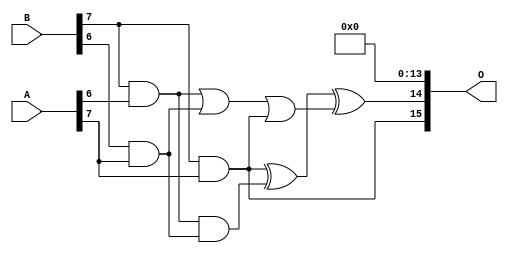
// This program was cloned from: https://github.com/ehw-fit/evoapproxlib
// License: MIT License

/***
* This code is a part of EvoApproxLib library (ehw.fit.vutbr.cz/approxlib) distributed under The MIT License.
* When used, please cite the following article(s): V. Mrazek, Z. Vasicek, L. Sekanina, H. Jiang and J. Han, "Scalable Construction of Approximate Multipliers With Formally Guaranteed Worst Case Error" in IEEE Transactions on Very Large Scale Integration (VLSI) Systems, vol. 26, no. 11, pp. 2572-2576, Nov. 2018. doi: 10.1109/TVLSI.2018.2856362 
* This file contains a circuit from a sub-set of pareto optimal circuits with respect to the pwr and mre parameters
***/
// MAE% = 0.048 %
// MAE = 2040348 
// WCE% = 0.20 %
// WCE = 8404992 
// WCRE% = 100.00 %
// EP% = 100.00 %
// MRE% = 1.34 %
// MSE = 61508.569e8 
// PDK45_PWR = 0.512 mW
// PDK45_AREA = 872.9 um2
// PDK45_DELAY = 1.64 ns

module mult8_cgp14ep_ep65536_wc16384_2_csamcsa (
    A,
    B,
    O
);

input [7:0] A;
input [7:0] B;
output [15:0] O;

wire sig_225,sig_267,sig_268,sig_299,sig_300,sig_302,sig_328,sig_331;

assign sig_225 = B[7] & A[6];
assign sig_267 = B[6] & A[7];
assign sig_268 = B[7] & A[7];
assign sig_299 = sig_225 | sig_267;
assign sig_300 = sig_225 & sig_267;
assign sig_302 = sig_299 | sig_268;
assign sig_328 = sig_268 ^ sig_300;
assign sig_331 = sig_328 ^ sig_302;

assign O[15] = sig_268;
assign O[14] = sig_331;
assign O[13] = 1'b0;
assign O[12] = 1'b0;
assign O[11] = 1'b0;
assign O[10] = 1'b0;
assign O[9] = 1'b0;
assign O[8] = 1'b0;
assign O[7] = 1'b0;
assign O[6] = 1'b0;
assign O[5] = 1'b0;
assign O[4] = 1'b0;
assign O[3] = 1'b0;
assign O[2] = 1'b0;
assign O[1] = 1'b0;
assign O[0] = 1'b0;

endmodule


module trun8_tam00b ( A, B, O );
  input [7:0] A;
  input [7:0] B;
  output [15:0] O;

  wire C_1_0,C_1_1,C_1_2,C_1_3,C_1_4,C_1_5,C_1_6,C_2_0,C_2_1,C_2_2,C_2_3,C_2_4,C_2_5,C_2_6,C_3_0,C_3_1,C_3_2,C_3_3,C_3_4,C_3_5,C_3_6,C_4_0,C_4_1,C_4_2,C_4_3,C_4_4,C_4_5,C_4_6,C_5_0,C_5_1,C_5_2,C_5_3,C_5_4,C_5_5,C_5_6,C_6_0,C_6_1,C_6_2,C_6_3,C_6_4,C_6_5,C_6_6,C_7_0,C_7_1,C_7_2,C_7_3,C_7_4,C_7_5,C_7_6,S_0_0,S_0_1,S_0_2,S_0_3,S_0_4,S_0_5,S_0_6,S_0_7,S_1_0,S_1_1,S_1_2,S_1_3,S_1_4,S_1_5,S_1_6,S_1_7,S_2_0,S_2_1,S_2_2,S_2_3,S_2_4,S_2_5,S_2_6,S_2_7,S_3_0,S_3_1,S_3_2,S_3_3,S_3_4,S_3_5,S_3_6,S_3_7,S_4_0,S_4_1,S_4_2,S_4_3,S_4_4,S_4_5,S_4_6,S_4_7,S_5_0,S_5_1,S_5_2,S_5_3,S_5_4,S_5_5,S_5_6,S_5_7,S_6_0,S_6_1,S_6_2,S_6_3,S_6_4,S_6_5,S_6_6,S_6_7,S_7_0,S_7_1,S_7_2,S_7_3,S_7_4,S_7_5,S_7_6,S_7_7,S_8_0,S_8_1,S_8_2,S_8_3,S_8_4,S_8_5,S_8_6,S_8_7;

  assign S_0_0 = (A[0] & B[0]);
  assign S_0_1 = (A[0] & B[1]);
  assign S_0_2 = (A[0] & B[2]);
  assign S_0_3 = (A[0] & B[3]);
  assign S_0_4 = (A[0] & B[4]);
  assign S_0_5 = (A[0] & B[5]);
  assign S_0_6 = (A[0] & B[6]);
  assign S_0_7 = (A[0] & B[7]);
  PDKGENHAX1 U13609 (.A(S_0_1), .B((A[1] & B[0])), .YS(S_1_0), .YC(C_1_0));
  PDKGENHAX1 U13610 (.A(S_0_2), .B((A[1] & B[1])), .YS(S_1_1), .YC(C_1_1));
  PDKGENHAX1 U13611 (.A(S_0_3), .B((A[1] & B[2])), .YS(S_1_2), .YC(C_1_2));
  PDKGENHAX1 U13612 (.A(S_0_4), .B((A[1] & B[3])), .YS(S_1_3), .YC(C_1_3));
  PDKGENHAX1 U13613 (.A(S_0_5), .B((A[1] & B[4])), .YS(S_1_4), .YC(C_1_4));
  PDKGENHAX1 U13614 (.A(S_0_6), .B((A[1] & B[5])), .YS(S_1_5), .YC(C_1_5));
  PDKGENHAX1 U13615 (.A(S_0_7), .B((A[1] & B[6])), .YS(S_1_6), .YC(C_1_6));
  assign S_1_7 = (A[1] & B[7]);
  PDKGENFAX1 U13617 (.A(S_1_1), .B(C_1_0), .C((A[2] & B[0])), .YS(S_2_0), .YC(C_2_0));
  PDKGENFAX1 U13618 (.A(S_1_2), .B(C_1_1), .C((A[2] & B[1])), .YS(S_2_1), .YC(C_2_1));
  PDKGENFAX1 U13619 (.A(S_1_3), .B(C_1_2), .C((A[2] & B[2])), .YS(S_2_2), .YC(C_2_2));
  PDKGENFAX1 U13620 (.A(S_1_4), .B(C_1_3), .C((A[2] & B[3])), .YS(S_2_3), .YC(C_2_3));
  PDKGENFAX1 U13621 (.A(S_1_5), .B(C_1_4), .C((A[2] & B[4])), .YS(S_2_4), .YC(C_2_4));
  PDKGENFAX1 U13622 (.A(S_1_6), .B(C_1_5), .C((A[2] & B[5])), .YS(S_2_5), .YC(C_2_5));
  PDKGENFAX1 U13623 (.A(S_1_7), .B(C_1_6), .C((A[2] & B[6])), .YS(S_2_6), .YC(C_2_6));
  assign S_2_7 = (A[2] & B[7]);
  PDKGENFAX1 U13625 (.A(S_2_1), .B(C_2_0), .C((A[3] & B[0])), .YS(S_3_0), .YC(C_3_0));
  PDKGENFAX1 U13626 (.A(S_2_2), .B(C_2_1), .C((A[3] & B[1])), .YS(S_3_1), .YC(C_3_1));
  PDKGENFAX1 U13627 (.A(S_2_3), .B(C_2_2), .C((A[3] & B[2])), .YS(S_3_2), .YC(C_3_2));
  PDKGENFAX1 U13628 (.A(S_2_4), .B(C_2_3), .C((A[3] & B[3])), .YS(S_3_3), .YC(C_3_3));
  PDKGENFAX1 U13629 (.A(S_2_5), .B(C_2_4), .C((A[3] & B[4])), .YS(S_3_4), .YC(C_3_4));
  PDKGENFAX1 U13630 (.A(S_2_6), .B(C_2_5), .C((A[3] & B[5])), .YS(S_3_5), .YC(C_3_5));
  PDKGENFAX1 U13631 (.A(S_2_7), .B(C_2_6), .C((A[3] & B[6])), .YS(S_3_6), .YC(C_3_6));
  assign S_3_7 = (A[3] & B[7]);
  PDKGENFAX1 U13633 (.A(S_3_1), .B(C_3_0), .C((A[4] & B[0])), .YS(S_4_0), .YC(C_4_0));
  PDKGENFAX1 U13634 (.A(S_3_2), .B(C_3_1), .C((A[4] & B[1])), .YS(S_4_1), .YC(C_4_1));
  PDKGENFAX1 U13635 (.A(S_3_3), .B(C_3_2), .C((A[4] & B[2])), .YS(S_4_2), .YC(C_4_2));
  PDKGENFAX1 U13636 (.A(S_3_4), .B(C_3_3), .C((A[4] & B[3])), .YS(S_4_3), .YC(C_4_3));
  PDKGENFAX1 U13637 (.A(S_3_5), .B(C_3_4), .C((A[4] & B[4])), .YS(S_4_4), .YC(C_4_4));
  PDKGENFAX1 U13638 (.A(S_3_6), .B(C_3_5), .C((A[4] & B[5])), .YS(S_4_5), .YC(C_4_5));
  PDKGENFAX1 U13639 (.A(S_3_7), .B(C_3_6), .C((A[4] & B[6])), .YS(S_4_6), .YC(C_4_6));
  assign S_4_7 = (A[4] & B[7]);
  PDKGENFAX1 U13641 (.A(S_4_1), .B(C_4_0), .C((A[5] & B[0])), .YS(S_5_0), .YC(C_5_0));
  PDKGENFAX1 U13642 (.A(S_4_2), .B(C_4_1), .C((A[5] & B[1])), .YS(S_5_1), .YC(C_5_1));
  PDKGENFAX1 U13643 (.A(S_4_3), .B(C_4_2), .C((A[5] & B[2])), .YS(S_5_2), .YC(C_5_2));
  PDKGENFAX1 U13644 (.A(S_4_4), .B(C_4_3), .C((A[5] & B[3])), .YS(S_5_3), .YC(C_5_3));
  PDKGENFAX1 U13645 (.A(S_4_5), .B(C_4_4), .C((A[5] & B[4])), .YS(S_5_4), .YC(C_5_4));
  PDKGENFAX1 U13646 (.A(S_4_6), .B(C_4_5), .C((A[5] & B[5])), .YS(S_5_5), .YC(C_5_5));
  PDKGENFAX1 U13647 (.A(S_4_7), .B(C_4_6), .C((A[5] & B[6])), .YS(S_5_6), .YC(C_5_6));
  assign S_5_7 = (A[5] & B[7]);
  PDKGENFAX1 U13649 (.A(S_5_1), .B(C_5_0), .C((A[6] & B[0])), .YS(S_6_0), .YC(C_6_0));
  PDKGENFAX1 U13650 (.A(S_5_2), .B(C_5_1), .C((A[6] & B[1])), .YS(S_6_1), .YC(C_6_1));
  PDKGENFAX1 U13651 (.A(S_5_3), .B(C_5_2), .C((A[6] & B[2])), .YS(S_6_2), .YC(C_6_2));
  PDKGENFAX1 U13652 (.A(S_5_4), .B(C_5_3), .C((A[6] & B[3])), .YS(S_6_3), .YC(C_6_3));
  PDKGENFAX1 U13653 (.A(S_5_5), .B(C_5_4), .C((A[6] & B[4])), .YS(S_6_4), .YC(C_6_4));
  PDKGENFAX1 U13654 (.A(S_5_6), .B(C_5_5), .C((A[6] & B[5])), .YS(S_6_5), .YC(C_6_5));
  PDKGENFAX1 U13655 (.A(S_5_7), .B(C_5_6), .C((A[6] & B[6])), .YS(S_6_6), .YC(C_6_6));
  assign S_6_7 = (A[6] & B[7]);
  PDKGENFAX1 U13657 (.A(S_6_1), .B(C_6_0), .C((A[7] & B[0])), .YS(S_7_0), .YC(C_7_0));
  PDKGENFAX1 U13658 (.A(S_6_2), .B(C_6_1), .C((A[7] & B[1])), .YS(S_7_1), .YC(C_7_1));
  PDKGENFAX1 U13659 (.A(S_6_3), .B(C_6_2), .C((A[7] & B[2])), .YS(S_7_2), .YC(C_7_2));
  PDKGENFAX1 U13660 (.A(S_6_4), .B(C_6_3), .C((A[7] & B[3])), .YS(S_7_3), .YC(C_7_3));
  PDKGENFAX1 U13661 (.A(S_6_5), .B(C_6_4), .C((A[7] & B[4])), .YS(S_7_4), .YC(C_7_4));
  PDKGENFAX1 U13662 (.A(S_6_6), .B(C_6_5), .C((A[7] & B[5])), .YS(S_7_5), .YC(C_7_5));
  PDKGENFAX1 U13663 (.A(S_6_7), .B(C_6_6), .C((A[7] & B[6])), .YS(S_7_6), .YC(C_7_6));
  assign S_7_7 = (A[7] & B[7]);
  assign {S_8_7, S_8_6, S_8_5, S_8_4, S_8_3, S_8_2, S_8_1, S_8_0} = {C_7_6, C_7_5, C_7_4, C_7_3, C_7_2, C_7_1, C_7_0} + {S_7_7, S_7_6, S_7_5, S_7_4, S_7_3, S_7_2, S_7_1};
  assign O = {S_8_7,S_8_6,S_8_5,S_8_4,S_8_3,S_8_2,S_8_1,S_8_0,S_7_0,S_6_0,S_5_0,S_4_0,S_3_0,S_2_0,S_1_0,S_0_0};

endmodule
module CLA32bit(a,b,c_in,sum,c_out);

input [31:0]a,b;
input c_in;
output [31:0]sum;
output c_out;

wire [31:0] sum_out,  p,  g;
wire [7:0] PPP, GGG;
wire [8:0] CC;

assign p[31:0] = a[31:0] ^ b[31:0];
assign g[31:0] = a[31:0] & b[31:0];

assign PPP[0]= p [3] & p [2] & p [1] & p [0];
assign PPP[1]= p [7] & p [6] & p [5] & p [4];
assign PPP[2]= p[11] & p[10] & p [9] & p [8];
assign PPP[3]= p[15] & p[14] & p[13] & p[12];
assign PPP[4]= p[19] & p[18] & p[17] & p[16];
assign PPP[5]= p[23] & p[22] & p[21] & p[20];
assign PPP[6]= p[27] & p[26] & p[25] & p[24];
assign PPP[7]= p[31] & p[30] & p[29] & p[28];

assign GGG[0]= g[3]  | (p [3] & g [2])  | (p [3] & p [2] & g [1])  | (p [3] & p [2] & p [1] & g [0]) ;
assign GGG[1]= g[7]  | (p [7] & g [6])  | (p [7] & p [6] & g [5])  | (p [7] & p [6] & p [5] & g [4]);
assign GGG[2]= g[11] | (p[11] & g[10])  | (p[11] & p[10] & g [9])  | (p[11] & p[10] & p [9] & g [8]);
assign GGG[3]= g[15] | (p[15] & g[14])  | (p[15] & p[14] & g[13])  | (p[15] & p[14] & p[13] & g[12]);
assign GGG[4]= g[19] | (p[19] & g[18])  | (p[19] & p[18] & g[17])  | (p[19] & p[18] & p[17] & g[16]);
assign GGG[5]= g[23] | (p[23] & g[22])  | (p[23] & p[22] & g[21])  | (p[23] & p[22] & p[21] & g[20]);
assign GGG[6]= g[27] | (p[27] & g[26])  | (p[27] & p[26] & g[25])  | (p[27] & p[26] & p[25] & g[24]);
assign GGG[7]= g[31] | (p[31] & g[30])  | (p[31] & p[30] & g[29])  | (p[31] & p[30] & p[29] & g[28]);
assign CC[0] = c_in;
assign CC[1] = GGG[0]  |  PPP[0]&  CC[0];
assign CC[2] = GGG[1]  |  PPP[1]&GGG[0]  |  PPP[1]&PPP[0]&  CC[0];
assign CC[3] = GGG[2]  |  PPP[2]&GGG[1]  |  PPP[2]&PPP[1]&GGG[0]  |  PPP[2]&PPP[1]&PPP[0]&  CC[0];
assign CC[4] = GGG[3]  |  PPP[3]&GGG[2]  |  PPP[3]&PPP[2]&GGG[1]  |  PPP[3]&PPP[2]&PPP[1]&GGG[0]  |  PPP[3]&PPP[2]&PPP[1]&PPP[0]&  CC[0];
assign CC[5] = GGG[4]  |  PPP[4]&GGG[3]  |  PPP[4]&PPP[3]&GGG[2]  |  PPP[4]&PPP[3]&PPP[2]&GGG[1]  |  PPP[4]&PPP[3]&PPP[2]&PPP[1]&GGG[0] |  PPP[4]&PPP[3]&PPP[2]&PPP[1]&PPP[0]&  CC[0];
assign CC[6] = GGG[5]  |  PPP[5]&GGG[4]  |  PPP[5]&PPP[4]&GGG[3]  |  PPP[5]&PPP[4]&PPP[3]&GGG[2]  |  PPP[5]&PPP[4]&PPP[3]&PPP[2]&GGG[1] |  PPP[5]&PPP[4]&PPP[3]&PPP[2]&PPP[1]&GGG[0] |  PPP[5]&PPP[4]&PPP[3]&PPP[2]&PPP[1]&PPP[0]& CC[0];
assign CC[7] = GGG[6]  | PPP[6]&GGG[5]  |  PPP[6]&PPP[5]&GGG[4]  |  PPP[6]&PPP[5]&PPP[4]&GGG[3]  |  PPP[6]&PPP[5]&PPP[4]&PPP[3]&GGG[2]  |  PPP[6]&PPP[5]&PPP[4]&PPP[3]&PPP[2]&GGG[1] |  PPP[6]&PPP[5]&PPP[4]&PPP[3]&PPP[2]&PPP[1]&GGG[0] |  PPP[6]&PPP[5]&PPP[4]&PPP[3]&PPP[2]&PPP[1]&PPP[0] & CC[0];
assign CC[8] = GGG[7] | PPP[7]&GGG[6]  | PPP[7]&PPP[6]&GGG[5]  |  PPP[7]&PPP[6]&PPP[5]&GGG[4]  |  PPP[7]&PPP[6]&PPP[5]&PPP[4]&GGG[3]  |  PPP[7]&PPP[6]&PPP[5]&PPP[4]&PPP[3]&GGG[2]  |  PPP[7]&PPP[6]&PPP[5]&PPP[4]&PPP[3]&PPP[2]&GGG[1] |  PPP[7]&PPP[6]&PPP[5]&PPP[4]&PPP[3]&PPP[2]&PPP[1]&GGG[0] |  PPP[7]&PPP[6]&PPP[5]&PPP[4]&PPP[3]&PPP[2]&PPP[1]&PPP[0] & CC[0];
cla_4bit cla4bit1(.aa(a  [3:0]),  .bb(b  [3:0]),  .cin(CC[0]),   .pp(p  [3:0]),  .gg(g  [3:0]),   .summ(sum  [3:0]));
cla_4bit cla4bit2(.aa(a  [7:4]),  .bb(b  [7:4]),  .cin(CC[1]),   .pp(p  [7:4]),  .gg(g  [7:4]),   .summ(sum  [7:4]));
cla_4bit cla4bit3(.aa(a [11:8]),  .bb(b [11:8]),  .cin(CC[2]),   .pp(p [11:8]),  .gg(g [11:8]),   .summ(sum [11:8]));
cla_4bit cla4bit4(.aa(a[15:12]),  .bb(b[15:12]),  .cin(CC[3]),   .pp(p[15:12]),  .gg(g[15:12]),   .summ(sum[15:12]));
cla_4bit cla4bit5(.aa(a[19:16]),  .bb(b[19:16]),  .cin(CC[4]),   .pp(p[19:16]),  .gg(g[19:16]),   .summ(sum[19:16]));
cla_4bit cla4bit6(.aa(a[23:20]),  .bb(b[23:20]),  .cin(CC[5]),   .pp(p[23:20]),  .gg(g[23:20]),   .summ(sum[23:20]));
cla_4bit cla4bit7(.aa(a[27:24]),  .bb(b[27:24]),  .cin(CC[6]),   .pp(p[27:24]),  .gg(g[27:24]),   .summ(sum[27:24]));
cla_4bit cla4bit8(.aa(a[31:28]),  .bb(b[31:28]),  .cin(CC[7]),   .pp(p[31:28]),  .gg(g[31:28]),   .summ(sum[31:28]));

assign c_out=CC[8];

endmodule
module cla_4bit(aa,bb,cin,summ,pp,gg);
input  [3:0] aa,bb,pp,gg;  
input cin;
output [3:0] summ;

wire [3:0] c;

   assign c[0] = cin;
   assign c[1] = gg[0] | (pp[0] & c[0]);
   assign c[2] = gg[1] | (pp[1] & gg[0]) | (pp[1] & pp[0] & c[0]);
   assign c[3] = gg[2] | (pp[2] & gg[1]) | (pp[2] & pp[1] & gg[0])| (pp[2] & pp[1] & pp[0] & c[0]);

   assign summ[3:0] = pp[3:0]  ^  c[3:0];
endmodule

`timescale 1ns/100ps
module mul16u_6NY ( input[15:0] A,
                   input[15:0] B,
                   output [31:0] O
                 );

wire [15:0] ll,lh,hl,hh;
wire [31:0] llhhlh_sum;
wire [31:0] shifted_llhh, shifted_lh, shifted_hl;

localparam MAX1 = 15;
localparam MIN1 = 8;

localparam MAX2 = 7;
localparam MIN2 = 0;

mult8_cgp14ep_ep65536_wc16384_2_csamcsa LxL (.A(A[MAX2:MIN2]), .B(B[MAX2:MIN2]), .O(ll));
mult8_cgp14ep_ep65536_wc16384_2_csamcsa HxL (.A(A[MAX1:MIN1]), .B(B[MAX2:MIN2]), .O(hl));
mult8_cgp14ep_ep65536_wc16384_2_csamcsa LxH (.A(A[MAX2:MIN2]), .B(B[MAX1:MIN1]), .O(lh));
trun8_tam00b HxH (.A(A[MAX1:MIN1]), .B(B[MAX1:MIN1]), .O(hh));

assign shifted_llhh = { hh, ll }; 
assign shifted_lh = { {8{1'b0}}, lh, {8{1'b0}}}; 
assign shifted_hl = { {8{1'b0}}, hl, {8{1'b0}}};
CLA32bit LLHHLH (.a(shifted_llhh), .b(shifted_lh), .c_in(1'b0), .sum(llhhlh_sum), .c_out());
CLA32bit SUMO (.a(llhhlh_sum), .b(shifted_hl), .c_in(1'b0), .sum(O), .c_out());

endmodule


/* mod */
module PDKGENFAX1( input A, input B, input C, output YS, output YC );
    assign YS = (A ^ B) ^ C;
    assign YC = (A & B) | (B & C) | (A & C);
endmodule
/* mod */
module PDKGENHAX1( input A, input B, output YS, output YC );
    assign YS = A ^ B;
    assign YC = A & B;
endmodule